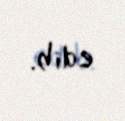
edib.